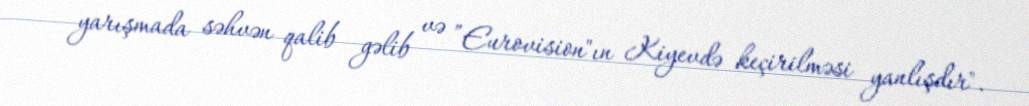
yarışmada səhvən qalib gəlib və ”Eurovision"ın Kiyevdə keçirilməsi yanlışdır".